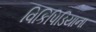
વિકિપિડિયાના